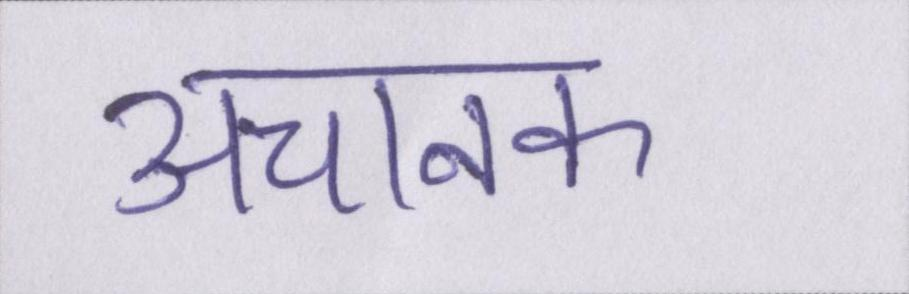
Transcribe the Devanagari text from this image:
अचानक